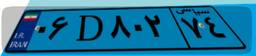
۰۶D۸۰۲۷۴